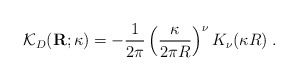
\begin{align*}{\mathcal K}_{{D}}({\bf R};\kappa) =- \frac{1}{2 \pi}\left( \frac{\kappa}{2\pi R}\right)^{\nu}K_{\nu}(\kappa R)\; .\end{align*}